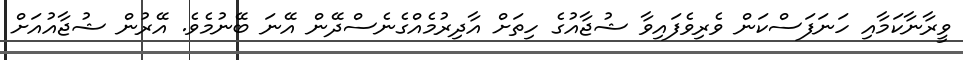
ވީރާނާކަމާއި ހަނަފަސްކަން ވެރިވެފައިވާ ޝުޖާއުގެ ހިތަށް އާދިރުމެއްގެނެސްދޭން އޭނަ ބޭނުމެވެ. އޭރުން ޝުޖާއުއަށް